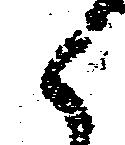
候